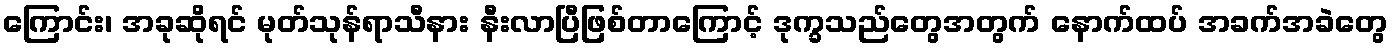
ကြောင်း၊ အခုဆိုရင် မုတ်သုန်ရာသီနား နီးလာပြီဖြစ်တာကြောင့် ဒုက္ခသည်တွေအတွက် နောက်ထပ် အခက်အခဲတွေ